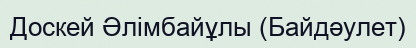
Доскей Әлімбайұлы (Байдәулет)